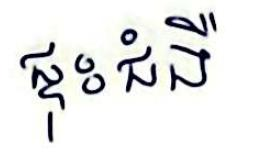
ផ្ទុះជំងឺ